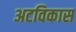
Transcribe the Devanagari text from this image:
अटविकास